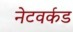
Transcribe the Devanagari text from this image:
नेटवर्कड